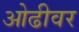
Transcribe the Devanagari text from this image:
ओढीवर